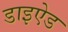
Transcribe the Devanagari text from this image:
डाइऐड